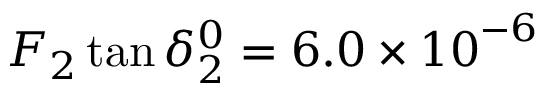
F _ { 2 } \tan { \delta _ { 2 } ^ { 0 } = { 6 . 0 \times 1 0 } ^ { - 6 } }